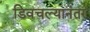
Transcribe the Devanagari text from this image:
डिवचल्यानंतर